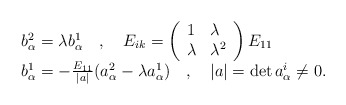
\begin{align*}\begin{array}{l}b^{2}_{\alpha}=\lambda b^{1}_{\alpha} \quad,\quad E_{ik}=\left(\begin{array}{ll}1 & \lambda \\\lambda & \lambda^{2}\end{array}\right) E_{11} \\b^{1}_{\alpha}=-\frac{E_{11}}{|a|}(a^{2}_{\alpha}-\lambda a^{1}_{\alpha})\quad,\quad |a|=\det a^{i}_{\alpha}\not= 0.\end{array}\end{align*}